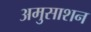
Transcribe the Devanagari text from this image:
अमुसाशन